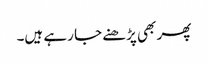
پھر بھی پڑھنے جا رہے ہیں۔